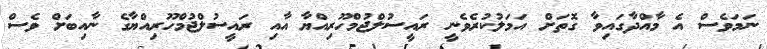
ނަމަވެސް އެ މާއްދާގައިވާ ގޮތަށް އަމަލުކުރެވެނީ ރައީސުލްޖުމްހޫރިއްޔާ އާއި ރައީސުލްޖުމްހޫރިއްޔާގެ ނާއިބަށް ވެސް